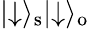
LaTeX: \lvert\downarrow\rangle_{\mathrm{s}}\lvert\downarrow\rangle_{\mathrm{o}}